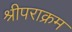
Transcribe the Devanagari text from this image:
श्रीपराक्रम